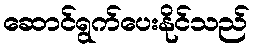
ဆောင်ရွက်ပေးနိုင်သည်